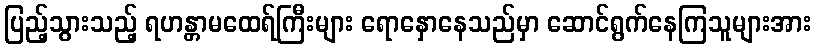
ပြည့်သွားသည့် ရဟန္တာမထေရ်ကြီးများ ရောနှောနေသည်မှာ ဆောင်ရွက်နေကြသူများအား